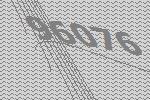
96076